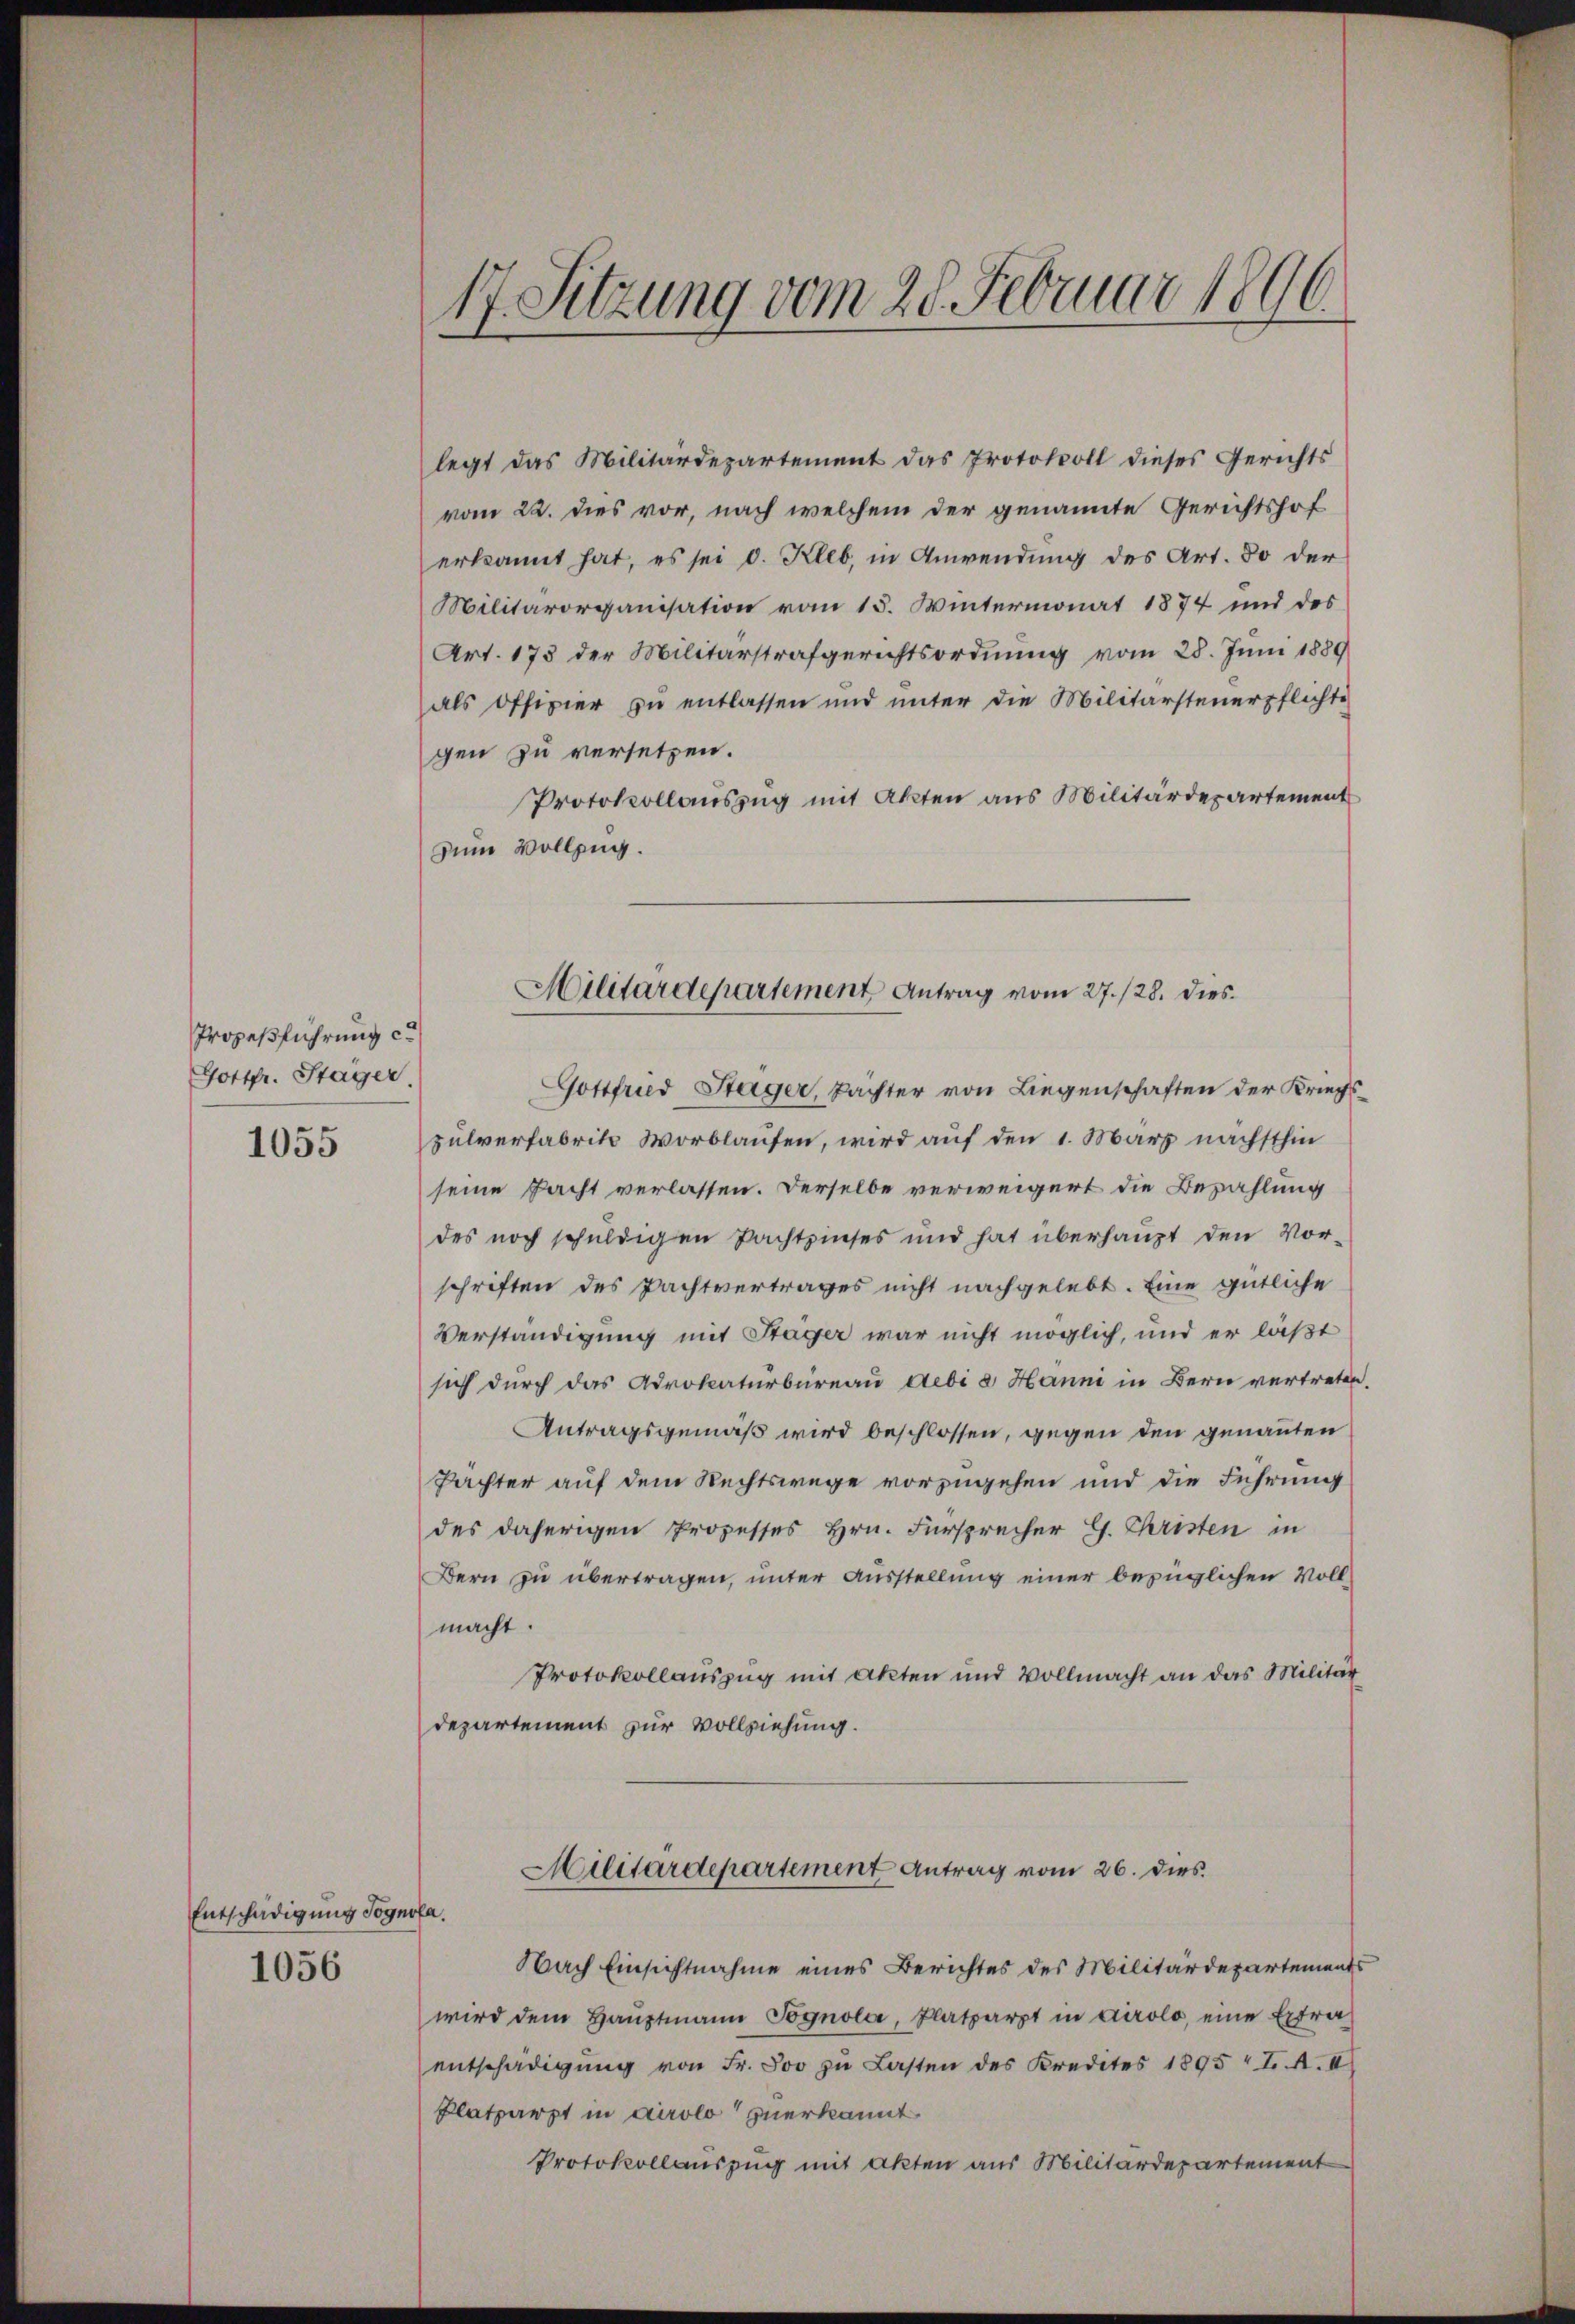
Prozeßführung c
Gottfr. Stager.

1055

Entschädigung Sognola.

1056

legt das Militärdepartement das Protokoll dieses Gerichts
vom 22. dies vor, nach welchem der genannte Gerichtshof
erkannt hat, es sei v. Kleb, in Anwendung des Art. 30 der
Militärorganisation vom 15. Wintermonat 1874 und des
Art. 173 der Militärstrafgerichtsordnung vom 28. Juni 1889
als Offizier zu entlassen und unter die Militärsteuerpflichte
gen zu versetzen.
Protokollauszug mit Akten aus Militärdepartement
zum Vollzug.

17. Sitzung vom 28. Februar 1896.

Gottfried Stäger, Pachter von Liegenschaften der Kriegspulverfabrike Worblaufen, wird auf den 1. März nächsthin
seine Pacht verlassen. Derselbe verweigert die Bezahlung
des noch schuldigen Pachtzinses und hat überhaupt den Vor-
schriften des Pachtvertrages nicht nachgelebt. Eine gütliche
Verständigung mit Stäger war nicht möglich, und er läßt
sich durch das Advokaturbureau debi a Hanni in Bern vertreten.
Antragsgemäß wird beschlossen, gegen den genannten
Pachter auf dem Rechtswege vorzugehen und die Führung
des daherigen Prozesses Hrn. Fürsprecher G. Christen in
Bern zu übertragen, unter Ausstellung einer bezüglichen Vollmacht.
Protokollauszug mit Akten und Vollmacht an das Militär
departement zur Vollziehung.
Militärdepartement Antrag vom 26. dies
Nach Einsichtnahme eines Berichtes des Militärdepartements
wird dem Haŭptmann Jognola, Platzarzt in Airolo, eine Extra
entschädigung von Fr. Soo zu Lasten des Kredites 1895 I. A. II
Platzarzt in Airolo zuerkannt
Protokollauszug mit Akten aus Militärdepartement

Militärdepartement Antrag vom 27./28. dies